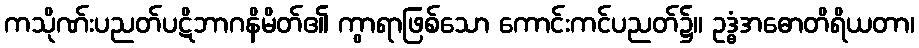
ကသိုဏ်းပညတ်ပဋိဘာဂနိမိတ်၏ ကွာရာဖြစ်သော ကောင်းကင်ပညတ်၌။ ဥဒ္ဓံအဓောတိရိယတာ၊